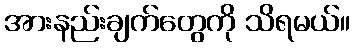
အားနည်းချက်တွေကို သိရမယ်။